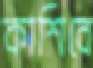
কাশিবে